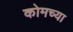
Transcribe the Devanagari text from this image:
कोमच्या